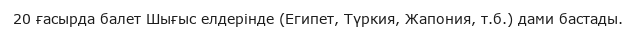
20 ғасырда балет Шығыс елдерінде (Египет, Түркия, Жапония, т.б.) дами бастады.